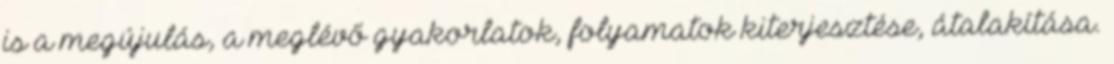
is a megújulás, a meglévő gyakorlatok, folyamatok kiterjesztése, átalakítása.